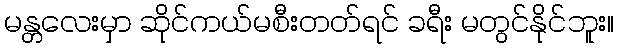
မန္တလေးမှာ ဆိုင်ကယ်မစီးတတ်ရင် ခရီး မတွင်နိုင်ဘူး။